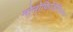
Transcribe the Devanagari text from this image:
मोनोफिजितिज्म